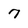
Character: 7